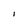
Character: I